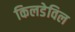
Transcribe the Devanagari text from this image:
किलडेविल